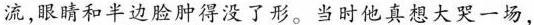
流,眼睛和半边脸肿得没了形。当时他真想大哭一场。